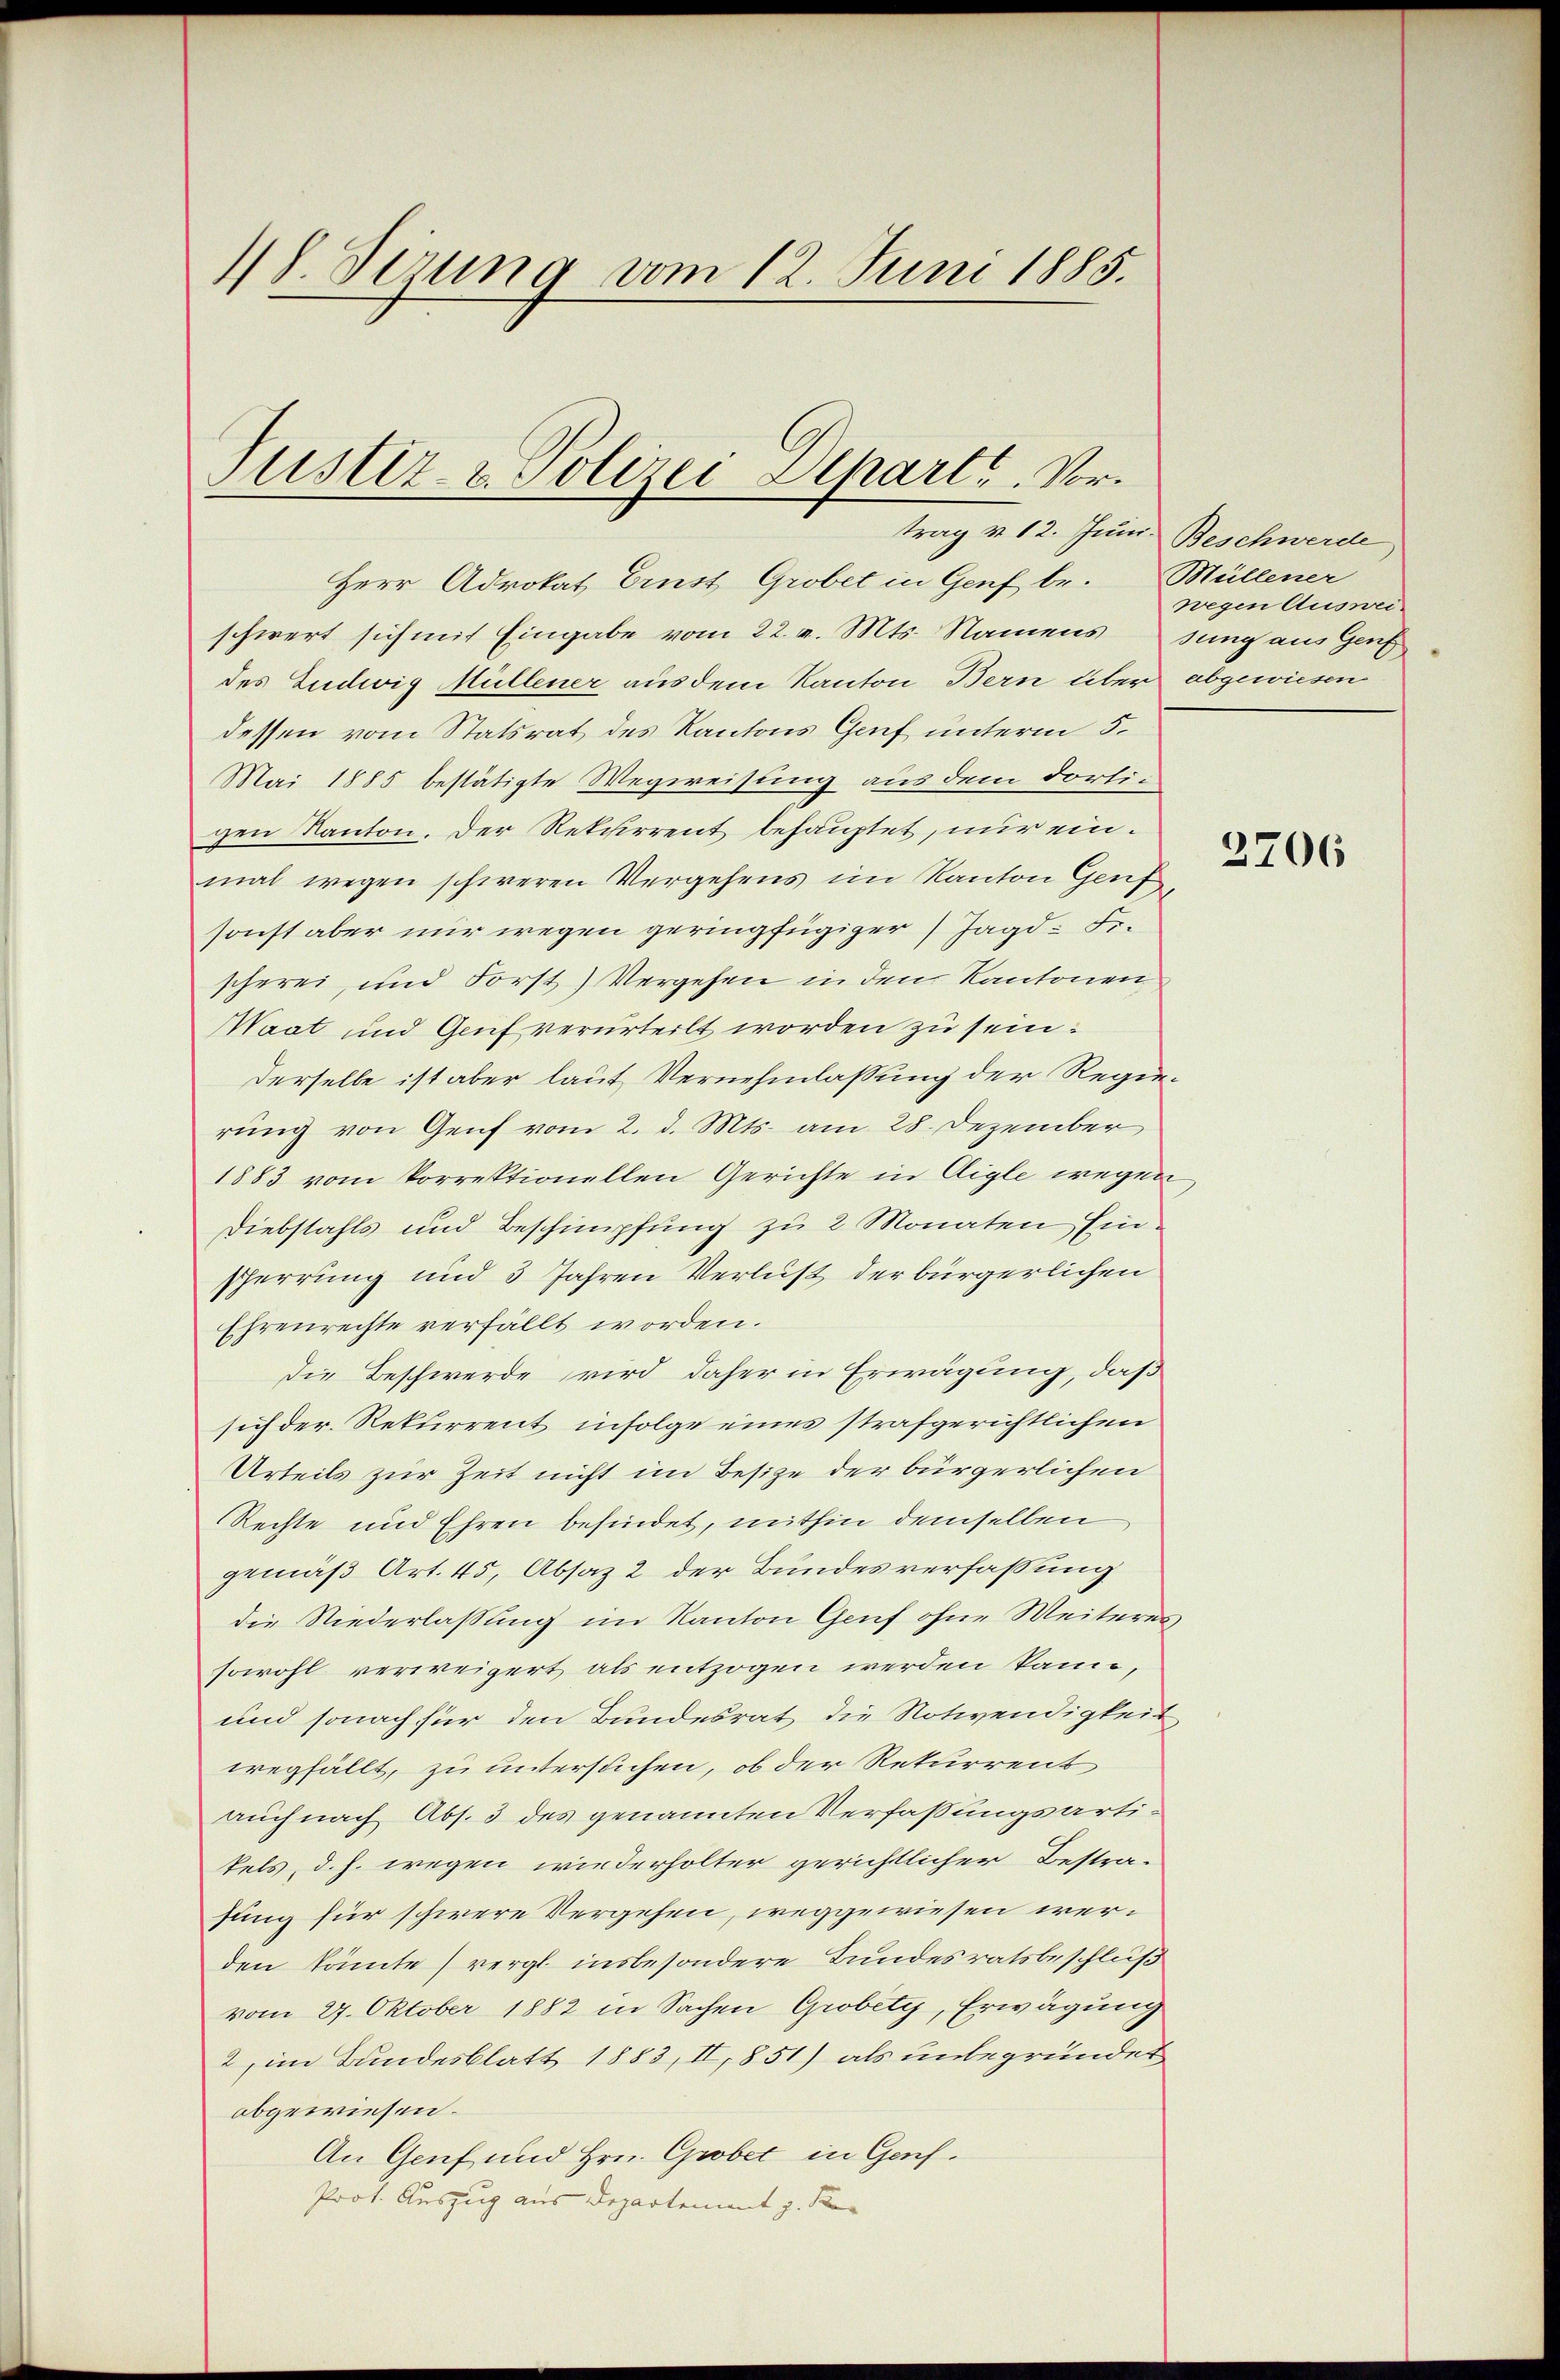
18 Sirung vom 12. Juni 1885.

Justiz- & Polizei Alpart, Vortrag u. 12. Juni. Beschwerde

Herr Advokat Ernst Grobet in Genf br. Müllener
schwert sich mit Eingabe vom 22. v. Mts. Namens sung aus Genf
des Ludwig Müllener aus dem Kanton Bern über abgewiesen
dessen vom Statsrat des Kantons Genf unterm 5.
Mai 1885 bestätigte Wegweisung aus dem dortigen Kanton. Der Rekurrent behauptet, nur einmal wegen schweren Vergehens im Kanton Genf
sonst aber nur wegen geringfügiger Jagd- Fr.
scherei, und Forst) Vergehen in den Kantonen
Maat und Genf verurteilt worden zu sein¬
Derselbe ist aber laut Vernehmlassung der Regierung von Genf vom 2. d. Mts. am 28. Dezember
1883 vom Vorrektionellen Gerichte in Aigle wegen
Diebstahls und Beschimpfung zu 2 Monaten Einsperrung und 3 Jahren Verlust der bürgerlichen
Ehrenrechte verfällt worden.
Die Beschwerde wird daher in Erwägung, daß
sich der Rekurrent infolge eines strafgerichtlichen
Urteils zur Zeit nicht im Besize der bürgerlichen
Rechte und Ehren befindet, mithin demselben
gemäß Art. 45, Absaz 2 der Bundesverfassung
die Niederlassung im Kanton Genf ohne Weiteres
sowohl verweigert als entzogen werden kann,
und sonach für den Bundesrat die Notwendigkeit
wegfällt, zu untersuchen, ob der Rekurrent
auch nach Abs. 3 des genannten Verfaßungsarti-
tels, d. h. wegen wiederholter gerichtlicher Bestra-
fung für schwere Vergehen, weggewiesen werden könnte) vergl. insbesondere Bundesratsbeschluß
vom 27. Oktober 1882 in Sachen Grobety, Erwägung
2, im Bundesblatt 1883, II, 851) als unbegründet
obgewiesen.
An Genf und Hrn. Grobet in Genf.
Prot. Auszug aus Departement z. B.

wegen Auswei

2706